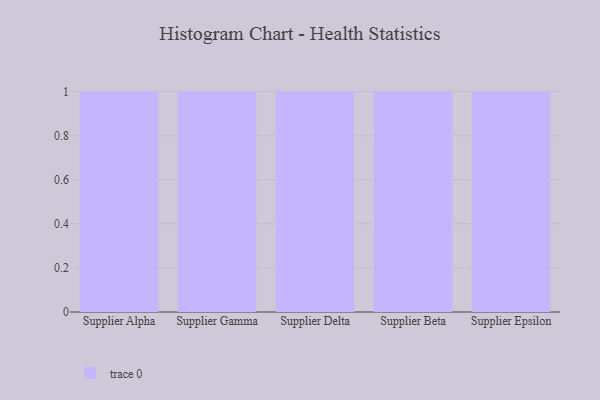
{"axis": {"x": "Supplier", "y": "Demand Index"}, "legend": [""], "data": [{"x": "Supplier Alpha", "y": 55, "type": ""}, {"x": "Supplier Gamma", "y": 79, "type": ""}, {"x": "Supplier Delta", "y": 48, "type": ""}, {"x": "Supplier Beta", "y": 92, "type": ""}, {"x": "Supplier Epsilon", "y": 65, "type": ""}]}